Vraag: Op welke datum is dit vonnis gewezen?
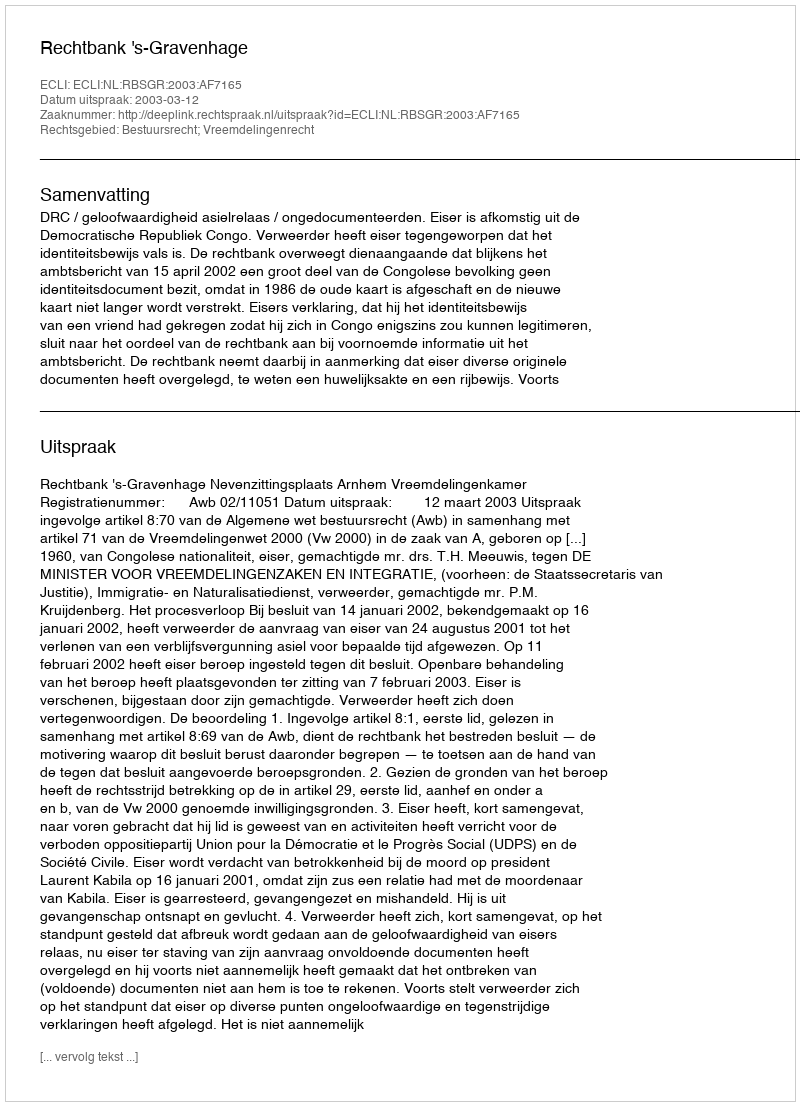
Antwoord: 2003-03-12